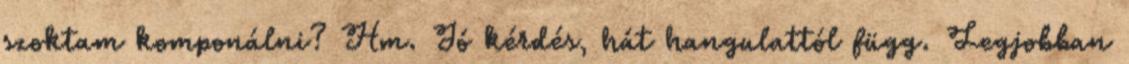
szoktam komponálni? Hm. Jó kérdés, hát hangulattól függ. Legjobban